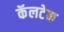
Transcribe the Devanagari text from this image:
कॅलटेक